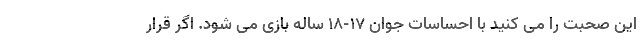
این صحبت را می کنید با احساسات جوان 17-18 ساله بازی می شود. اگر قرار